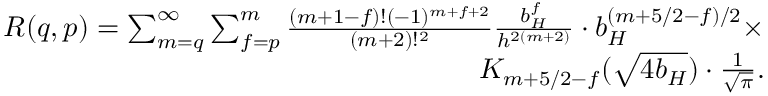
\begin{array} { r l r } & { } & { R ( q , p ) = \sum _ { m = q } ^ { \infty } \sum _ { f = p } ^ { m } { \frac { ( m + 1 - f ) ! ( - 1 ) ^ { m + f + 2 } } { ( m + 2 ) ! ^ { 2 } } } { \frac { b _ { H } ^ { f } } { h ^ { 2 ( m + 2 ) } } } \cdot b _ { H } ^ { ( m + 5 / 2 - f ) / 2 } \times } \\ & { } & { K _ { m + 5 / 2 - f } ( \sqrt { 4 b _ { H } } ) \cdot { \frac { 1 } { \sqrt { \pi } } } . } \end{array}